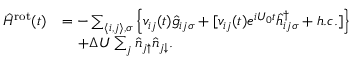
\begin{array} { r l } { \hat { H } ^ { \mathrm { r o t } } ( t ) } & { = - \sum _ { \langle i , j \rangle , \sigma } \left\{ v _ { i j } ( t ) \hat { g } _ { i j \sigma } + [ v _ { i j } ( t ) e ^ { i U _ { 0 } t } \hat { h } _ { i j \sigma } ^ { \dagger } + h . c . ] \right\} } \\ & { \; \; \; \; + \Delta U \sum _ { j } \hat { n } _ { j \uparrow } \hat { n } _ { j \downarrow } . } \end{array}